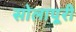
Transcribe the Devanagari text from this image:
सोलापूरी